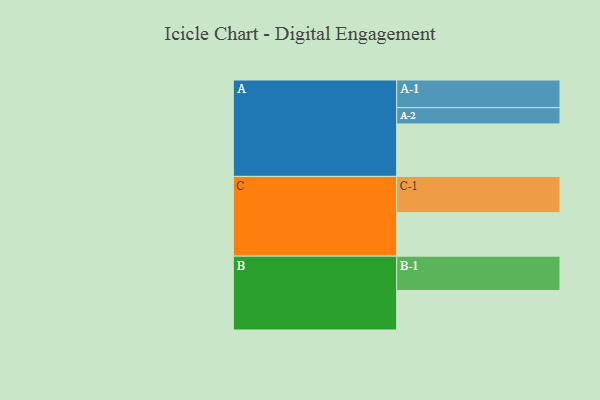
{"axis": {"x": "Segment", "y": "Value"}, "legend": ["", "A", "B", "C"], "data": [{"x": "A", "y": 419, "type": ""}, {"x": "B", "y": 315, "type": ""}, {"x": "C", "y": 347, "type": ""}, {"x": "A-1", "y": 221, "type": "A"}, {"x": "A-2", "y": 130, "type": "A"}, {"x": "B-1", "y": 275, "type": "B"}, {"x": "C-1", "y": 290, "type": "C"}]}